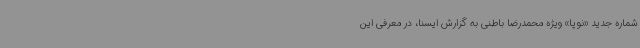
شماره جدید «نوپا» ویژه محمدرضا باطنی به گزارش ایسنا، در معرفی این